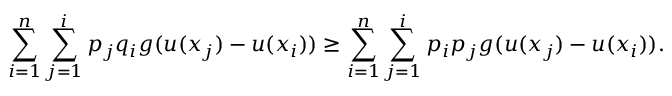
\sum _ { i = 1 } ^ { n } \sum _ { j = 1 } ^ { i } p _ { j } q _ { i } g ( u ( x _ { j } ) - u ( x _ { i } ) ) \geq \sum _ { i = 1 } ^ { n } \sum _ { j = 1 } ^ { i } p _ { i } p _ { j } g ( u ( x _ { j } ) - u ( x _ { i } ) ) .